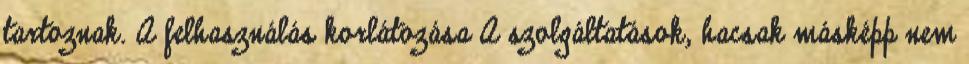
tartoznak. A felhasználás korlátozása A szolgáltatások, hacsak másképp nem